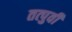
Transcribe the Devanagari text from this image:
तत्‍पुर्वी